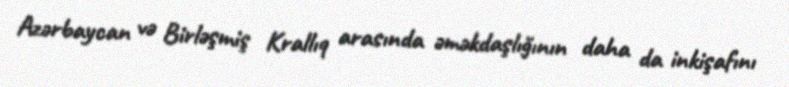
Azərbaycan və Birləşmiş Krallıq arasında əməkdaşlığının daha da inkişafını